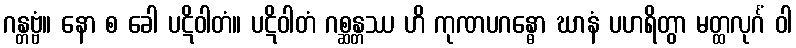
ဂန္တဗ္ဗံ။ နော စ ခေါ ပဋိဝါတံ။ ပဋိဝါတံ ဂစ္ဆန္တဿ ဟိ ကုဏပဂန္ဓော ဃာနံ ပဟရိတွာ မတ္ထလုင်္ဂံ ဝါ